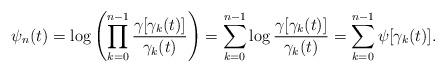
LaTeX: \begin{align*}\psi_n(t)=\log\left(\prod_{k=0}^{n-1}\frac{\gamma[\gamma_k(t)]}{\gamma_k(t)}\right)=\sum_{k=0}^{n-1}\log\frac{\gamma[\gamma_k(t)]}{\gamma_k(t)}=\sum_{k=0}^{n-1}\psi[\gamma_k(t)].\end{align*}